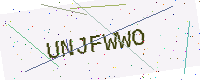
Text: UNJFWWO